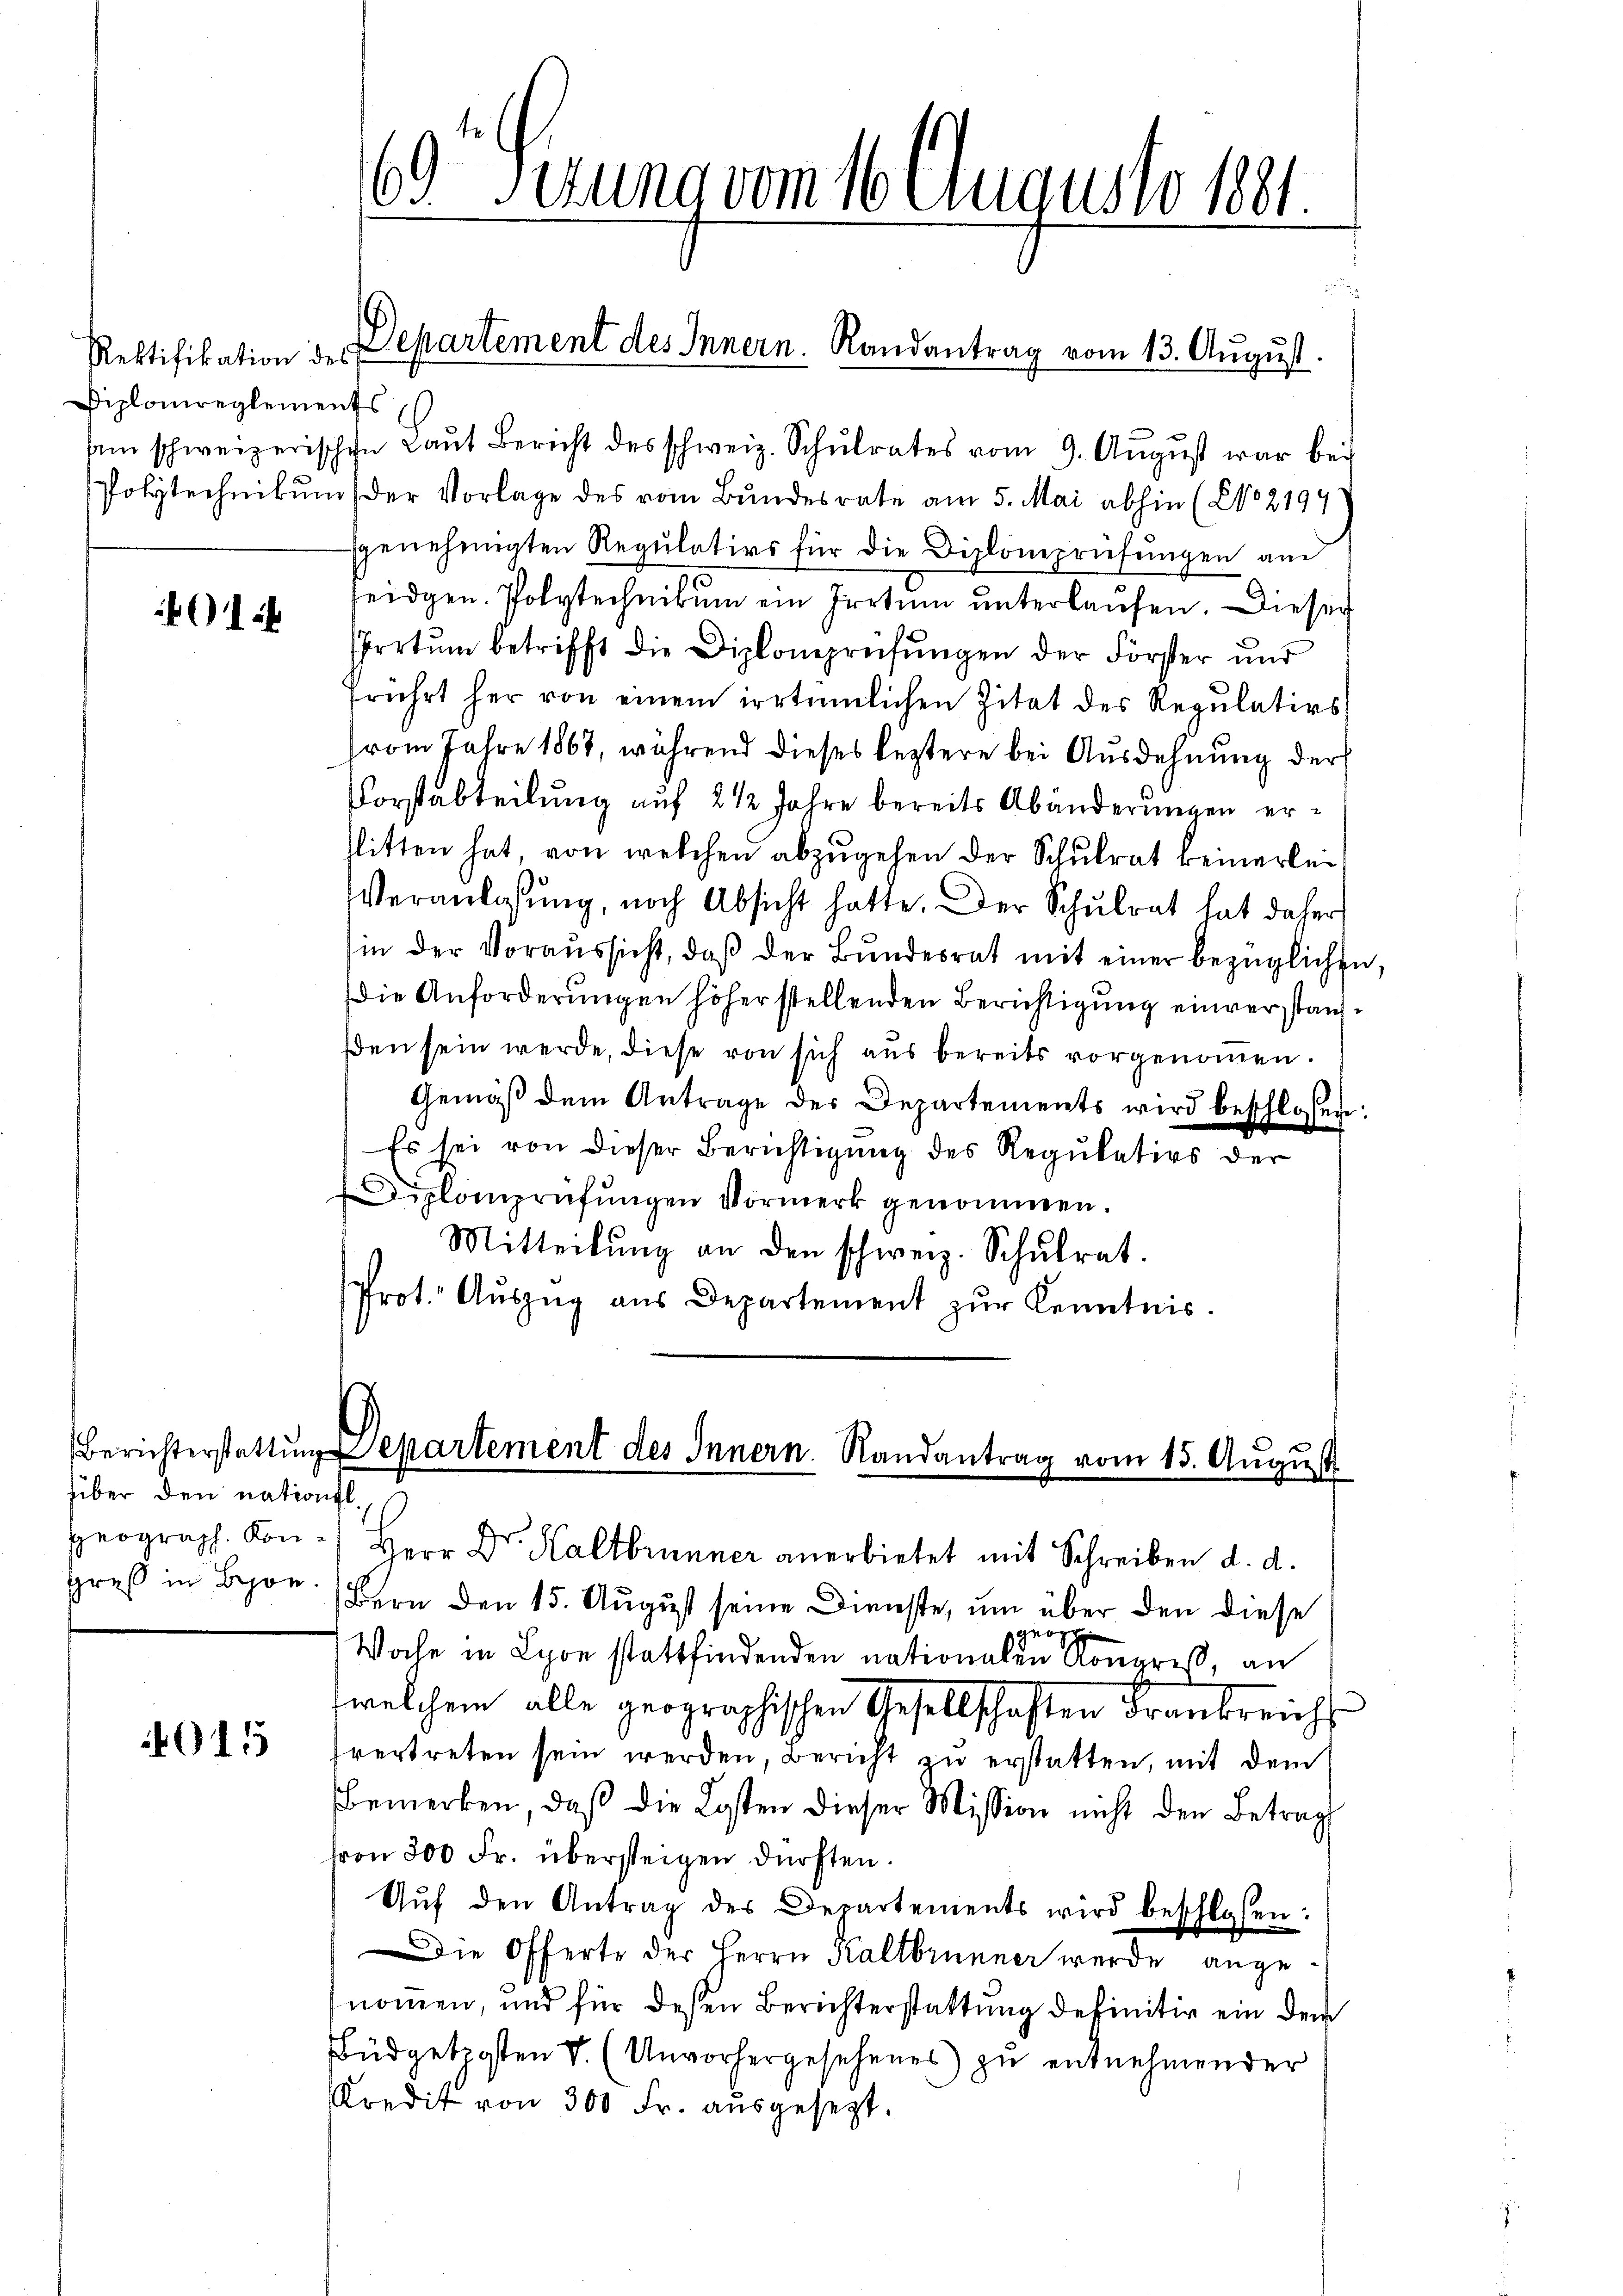
Rektifikation des
Diplomreglements

01

füber den nationsl
greß in Bon

015

sem schweizerischen Laŭt Bericht des schweiz. Schŭlrates vom 9. Aŭgŭst war bei
Polytechnikum der Vorlage des vom Bundesrate am 5. Mai abhin (NNo. 2194
ggenehmigten Regŭlativs für die Diplonepriefŭngen am
eidgen. Polytechnikum ein Irrtum unterlaufen. Dieser
Irrtum betrifft die Diplomprüfŭngen der Förster und
rührt her von einem irrtümlichen Zitat des Regŭlativs
hrom Jahre 1867, während dieses leztere bei Ausdehnung der
Vorstabteilung auf 2 1/2 Jahre bereits Abänderungen erlitten hat, von welchen abzugehen der Schulrat keinerle¬
Veranlassung, noch Absicht hatte. Der Schulrat hat daher
in der Voraŭssicht, daβ der Bŭndesrat mit einer bezüglichen.
Die Anforderungen höher stellenden Berichtigung einverstanzden sein werde, diese von sich aus bereits vorgenommen.
Gemäß dem Antrage der Departements wird beschlossen:
Es sei von dieser Berichtigung des Regulativs der
Diplomprüfŭngen Vormerk genommen.
Mitteilŭng an den schweiz. Schŭlrat.
Prot. Aŭszŭg aŭs Departement zŭr Kenntnis.

69. Gerung vom 16. August 1881

Departement des Innern. Randantrag vom 13. August.

Berichterstattŭng partement des Innern. Randantrag vom 15. Aŭgŭst

Bern den 15. August seine Dienste, um über den diese
geörg
Woche in Lyon stattfindenden nationalen Kongreß, an
welchem alle geographischen Gesellschaften Frankreich
hvertreten sein werden, Bericht zu erstatten, mit dem
Bemerken, daß die Kosten dieser Mission nicht den Betrag
von 300 Fr. übersteigen dürften.
Aŭf den Antrag des Departements wird beschlossen:
ie Offerte der Herrn Kaltbrunner werde angenommen, und für deßen Berichterstattung definitiv ein dem
Büdgetposten V. (Unvorhergesehenes zu entnehmender
Kredit von 300 Fr. ausgesezt.

Heograph. Kon-) Herr Dr. Kaltbrunner anerbietet mit Schreiben d. d.